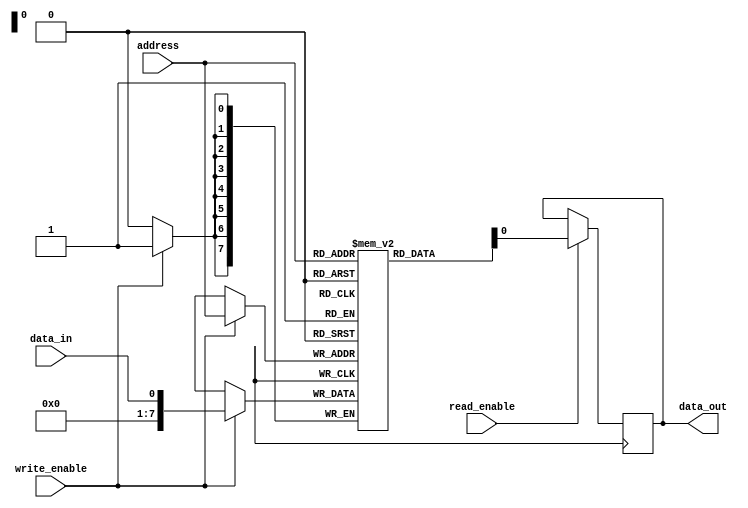
module Flash_ROM (
  input wire data_in,
  input wire [7:0] address,
  input wire read_enable,
  input wire write_enable,
  output reg data_out
);

reg [7:0] memory [0:255];

always @ (posedge clk) begin
  if (read_enable) begin
    data_out <= memory[address];
  end
  if (write_enable) begin
    memory[address] <= data_in;
  end
end

endmodule